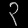
Digit: ၃